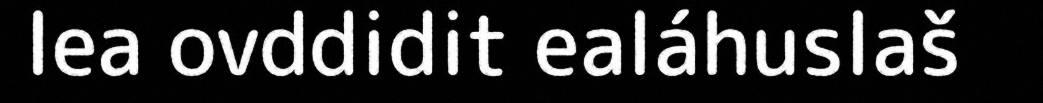
lea ovddidit ealáhuslaš